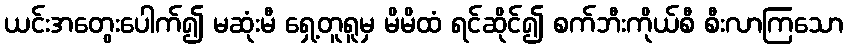
ယင်းအတွေးပေါက်၍ မဆုံးမီ ရှေ့တူရူမှ မိမိထံ ရင်ဆိုင်၍ စက်ဘီးကိုယ်စီ စီးလာကြသော